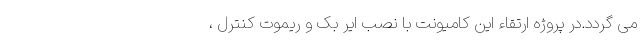
می گردد.در پروژه ارتقاء این کامیونت با نصب ایر بک و ریموت کنترل ،